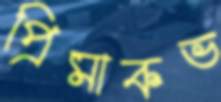
প্রিমাকভ